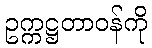
ဥက္ကဋ္ဌတာဝန်ကို